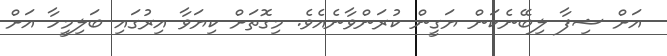
އަށް ޝިފާ ލިބޭނެކަން ޔަގީން ކުރަންވާނެއެވެ. މިގޮތަށް ކިޔަވާ އިރުގައި ބަލިމީހާ އަށް